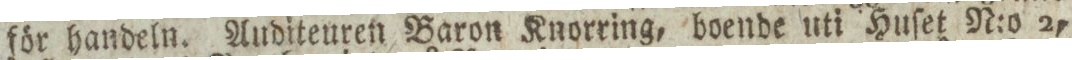
för handeln. Auditeuren Baron Knorring, boende uti Huſet N:o 2,